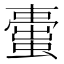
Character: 蟗